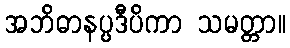
အဘိဓာနပ္ပဒီပိကာ သမတ္တာ။